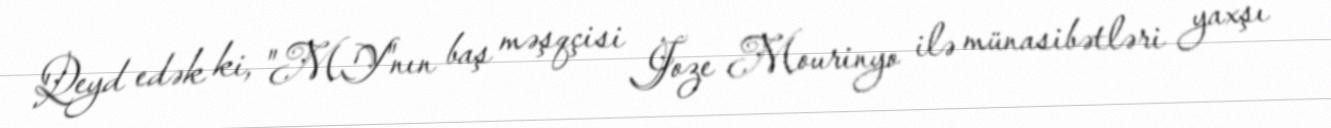
Qeyd edək ki, "MY"nın baş məşqçisi Joze Mourinyo ilə münasibətləri yaxşı